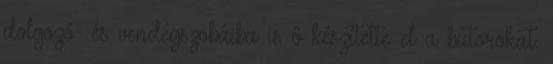
dolgozó- és vendégszobáiba is ô készítette el a bútorokat.